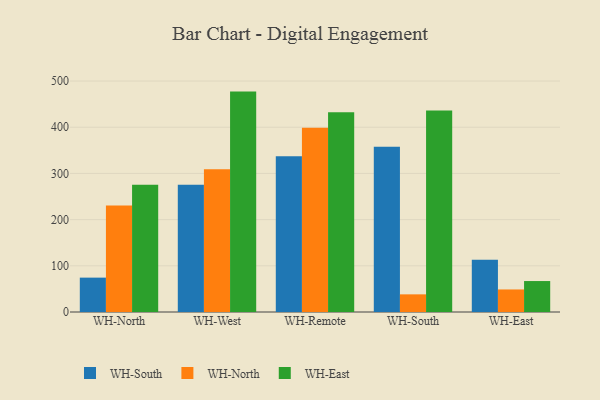
{"axis": {"x": "Warehouse", "y": "Latency (ms)"}, "legend": ["WH-East", "WH-North", "WH-South"], "data": [{"x": "WH-North", "y": 74.4, "type": "WH-South"}, {"x": "WH-North", "y": 230.4, "type": "WH-North"}, {"x": "WH-North", "y": 275.6, "type": "WH-East"}, {"x": "WH-West", "y": 275.6, "type": "WH-South"}, {"x": "WH-West", "y": 309.1, "type": "WH-North"}, {"x": "WH-West", "y": 477.1, "type": "WH-East"}, {"x": "WH-Remote", "y": 337.0, "type": "WH-South"}, {"x": "WH-Remote", "y": 399.1, "type": "WH-North"}, {"x": "WH-Remote", "y": 432.3, "type": "WH-East"}, {"x": "WH-South", "y": 357.8, "type": "WH-South"}, {"x": "WH-South", "y": 38.2, "type": "WH-North"}, {"x": "WH-South", "y": 436.2, "type": "WH-East"}, {"x": "WH-East", "y": 113.2, "type": "WH-South"}, {"x": "WH-East", "y": 48.8, "type": "WH-North"}, {"x": "WH-East", "y": 67.0, "type": "WH-East"}]}